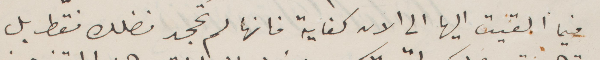
فيما القيت اليها الى الآن كفاية فانها لم تجحد فضلك فقط بل